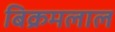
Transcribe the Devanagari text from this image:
बिक्रमलाल